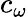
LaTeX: c_{\omega}